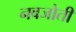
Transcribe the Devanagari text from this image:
नवजोती